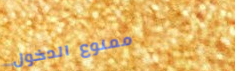
ممنوع الدخول